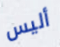
أليس